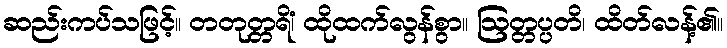
ဆည်းကပ်သဖြင့်။ တတုတ္တရိံ၊ ထိုထက်လွန်စွာ။ ဩတ္တပ္ပတိ၊ ထိတ်လန့်၏။